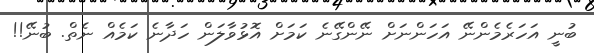
ބުނީ އަހަރެމެންނޭ އަހަންނަށް ނޭންގޭނެ ކަމަށް އޮޅުވާލަން ހަދާނެ ކަމެއް ނެތް. ބުނޭ!!